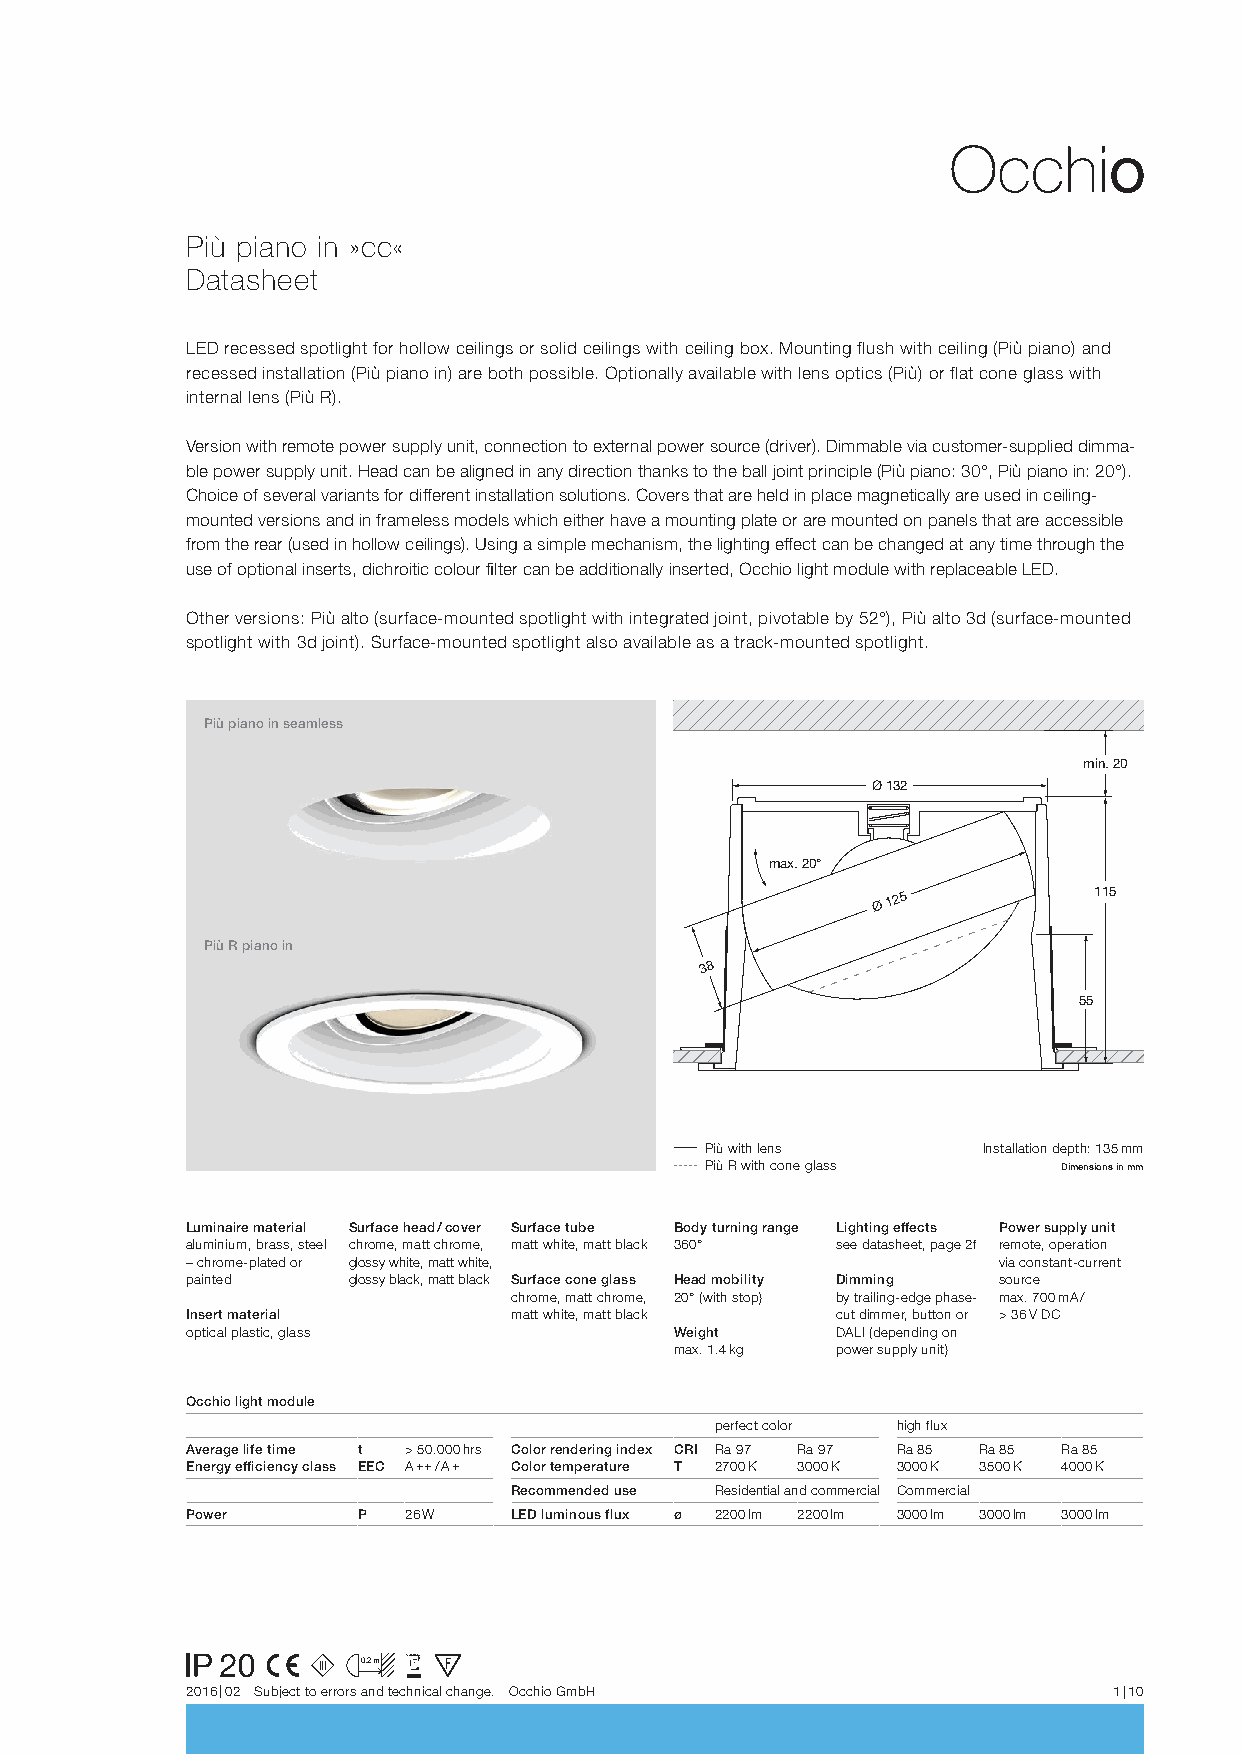
Più piano in »cc«
 Datasheet
 LED recessed spotlight for hollow ceilings or solid ceilings with ceiling box. Mounting flush with ceiling (Più piano) and
 recessed installation (Più piano in) are both possible. Optionally available with lens optics (Più) or flat cone glass with
 internal lens (Più R).
 Version with remote power supply unit, connection to external power source (driver). Dimmable via customer-supplied dimma-
 ble power supply unit. Head can be aligned in any direction thanks to the ball joint principle (Più piano: 30°, Più piano in: 20°).
 Choice of several variants for different installation solutions. Covers that are held in place magnetically are used in ceiling-
 mounted versions and in frameless models which either have a mounting plate or are mounted on panels that are accessible
 from the rear (used in hollow ceilings). Using a simple mechanism, the lighting effect can be changed at any time through the
 use of optional inserts, dichroitic colour filter can be additionally inserted, Occhio light module with replaceable LED.
 Other versions: Più alto (surface-mounted spotlight with integrated joint, pivotable by 52°), Più alto 3d (surface-mounted
 spotlight with 3d joint). Surface-mounted spotlight also available as a track-mounted spotlight.
 Più piano in seamless
 min. 20
 Ø 132
 max. 20°
 Ø
 125          115
 Più R piano in
 38
 55
 Più with lens     Installation depth: 135 mm
 Più R with cone glass  Dimensions in mm
 Luminaire material Surface head / cover Surface tube Body turning range Lighting effects Power supply unit
 aluminium, brass, steel chrome, matt chrome, matt white, matt black 360° see datasheet, page 2f remote, operation
 – chrome-plated or glossy white, matt white,          via constant-current
 painted    glossy black, matt black Surface cone glass Head mobility Dimming source
 chrome, matt chrome, 20° (with stop) by trailing-edge phase- max. 700 mA /
 Insert material       matt white, matt black cut dimmer, button or > 36 V DC
 optical plastic, glass           Weight    DALI (depending on
 max. 1.4 kg power supply unit)
 Occhio light module
 perfect color high flux
 Average life time t > 50.000 hrs Color rendering index CRI Ra 97 Ra 97 Ra 85 Ra 85 Ra 85
 Energy efficiency class EEC A ++ / A + Color temperature T 2700 K 3000 K 3000 K 3500 K 4000 K
 Recommended use Residential and commercial Commercial
 Power       P  26 W   LED luminous flux ø 2200 lm 2200 lm 3000 lm 3000 lm 3000 lm
 0.2 m
 2016 | 02 Subject to errors and technical change. Occhio GmbH 1 | 10